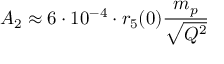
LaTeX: A _ { 2 } \approx 6 \cdot 1 0 ^ { - 4 } \cdot r _ { 5 } ( 0 ) { \frac { m _ { p } } { \sqrt { Q ^ { 2 } } } }